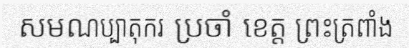
សមណប្បាតុករ ប្រចាំ ខេត្ត ព្រះត្រពាំង